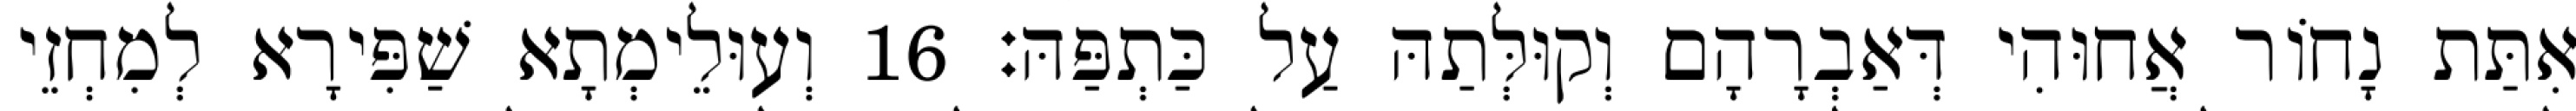
אִתַּת נָחוֹר אֲחוּהִי דְּאַבְרָהָם וְקוּלְּתַהּ עַל כַּתְפַּהּ׃ 16 וְעוּלֵימְתָא שַׁפִּירָא לְמִחְזֵי